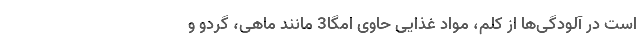
است در آلودگی‌ها از کلم، مواد غذایی حاوی امگا3 مانند ماهی، گردو و